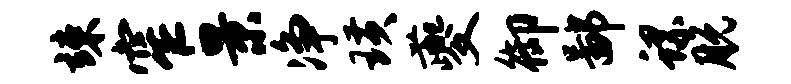
竦窄景净璜夔御鄙螺脱